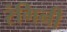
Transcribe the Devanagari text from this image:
रंगिनी